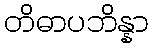
တိဓာပဘိန္နာ